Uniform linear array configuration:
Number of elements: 32
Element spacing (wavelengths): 1
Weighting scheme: hamming
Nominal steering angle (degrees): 45
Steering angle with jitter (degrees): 46.685
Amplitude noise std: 0.05
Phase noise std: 0.05

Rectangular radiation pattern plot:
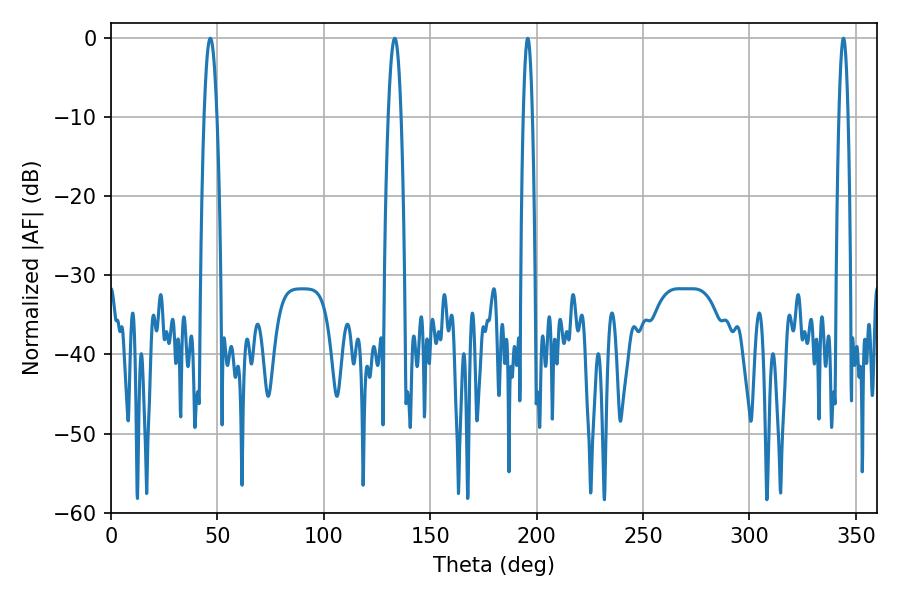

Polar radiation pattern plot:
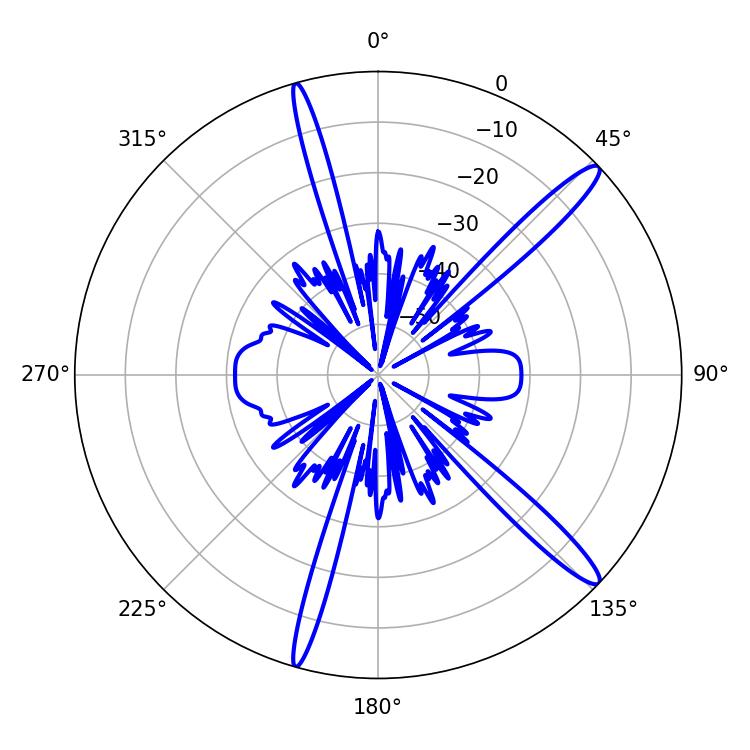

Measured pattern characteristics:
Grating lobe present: TRUE
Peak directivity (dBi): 14.73
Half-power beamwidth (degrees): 2.16
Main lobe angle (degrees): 195.84